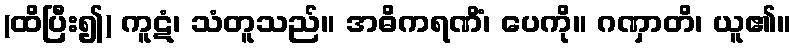
(ထိပြီး၍) ကူဋံ၊ သံတူသည်။ အဓိကရဏိံ၊ ပေကို။ ဂဏှာတိ၊ ယူ၏။